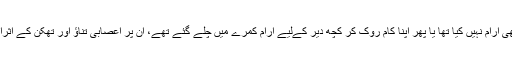
آخر میں تجزیہ کرنے پر معلوم ہوا کہ وہ لوگ جنہوں نے بالکل بھی آرام نہیں کیا تھا یا پھر اپنا کام روک کر کچھ دیر کےلیے آرام کمرے میں چلے گئے تھے، ان پر اعصابی تناؤ اور تھکن کے اثرات برقرار رہے جبکہ ان کی مجموعی کارکردگی بھی متاثر رہی۔